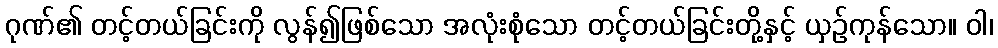
ဂုဏ်၏ တင့်တယ်ခြင်းကို လွန်၍ဖြစ်သော အလုံးစုံသော တင့်တယ်ခြင်းတို့နှင့် ယှဉ်ကုန်သော။ ဝါ၊